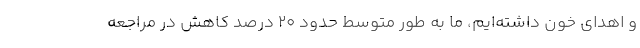
و اهدای خون داشته‌ایم، ما به طور متوسط حدود ۲۰ درصد کاهش در مراجعه